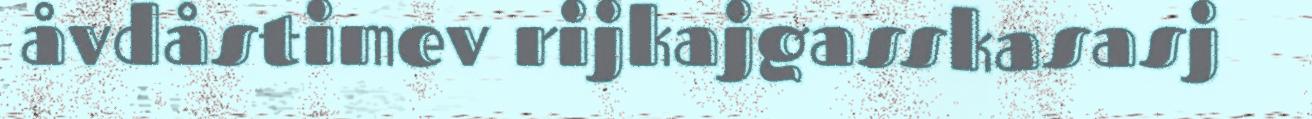
åvdåstimev rijkajgasskasasj